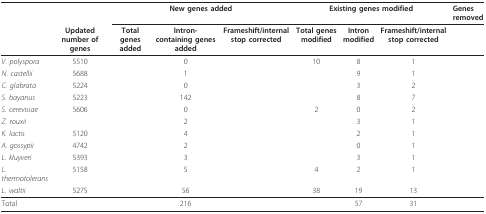
<table><thead><tr><td colspan="2">[EMPTY_CELL]</td><td colspan="3"><b>New genes added</b></td><td colspan="3"><b>Existing genes modified</b></td><td><b>Genes removed</b></td></tr><tr><td>[EMPTY_CELL]</td><td><b>Updated number of genes</b></td><td><b>Total genes added</b></td><td><b>Intron- containing genes added</b></td><td><b>Frameshift/internal stop corrected</b></td><td><b>Total genes modified</b></td><td><b>Intron modified</b></td><td><b>Frameshift/internal stop corrected</b></td><td>[EMPTY_CELL]</td></tr></thead><tbody><tr><td><i>V. polyspora</i></td><td>5510</td><td>[EMPTY_CELL]</td><td>0</td><td>[EMPTY_CELL]</td><td>10</td><td>8</td><td>1</td><td>[EMPTY_CELL]</td></tr><tr><td><i>N. castellii</i></td><td>5688</td><td>[EMPTY_CELL]</td><td>1</td><td>[EMPTY_CELL]</td><td>[EMPTY_CELL]</td><td>9</td><td>1</td><td>[EMPTY_CELL]</td></tr><tr><td><i>C. glabrata</i></td><td>5224</td><td>[EMPTY_CELL]</td><td>0</td><td>[EMPTY_CELL]</td><td>[EMPTY_CELL]</td><td>3</td><td>2</td><td>[EMPTY_CELL]</td></tr><tr><td><i>S. bayanus</i></td><td>5223</td><td>[EMPTY_CELL]</td><td>142</td><td>[EMPTY_CELL]</td><td>[EMPTY_CELL]</td><td>8</td><td>7</td><td>[EMPTY_CELL]</td></tr><tr><td><i>S. cerevisiae</i></td><td>5606</td><td>[EMPTY_CELL]</td><td>0</td><td>[EMPTY_CELL]</td><td>2</td><td>0</td><td>2</td><td>[EMPTY_CELL]</td></tr><tr><td><i>Z. rouxii</i></td><td>[EMPTY_CELL]</td><td>[EMPTY_CELL]</td><td>2</td><td>[EMPTY_CELL]</td><td>[EMPTY_CELL]</td><td>3</td><td>1</td><td>[EMPTY_CELL]</td></tr><tr><td><i>K. lactis</i></td><td>5120</td><td>[EMPTY_CELL]</td><td>4</td><td>[EMPTY_CELL]</td><td>[EMPTY_CELL]</td><td>2</td><td>1</td><td>[EMPTY_CELL]</td></tr><tr><td><i>A. gossypii</i></td><td>4742</td><td>[EMPTY_CELL]</td><td>2</td><td>[EMPTY_CELL]</td><td>[EMPTY_CELL]</td><td>0</td><td>1</td><td>[EMPTY_CELL]</td></tr><tr><td><i>L. kluyveri</i></td><td>5393</td><td>[EMPTY_CELL]</td><td>3</td><td>[EMPTY_CELL]</td><td>[EMPTY_CELL]</td><td>3</td><td>1</td><td>[EMPTY_CELL]</td></tr><tr><td><i>L. thermotolerans</i></td><td>5158</td><td>[EMPTY_CELL]</td><td>5</td><td>[EMPTY_CELL]</td><td>4</td><td>2</td><td>1</td><td>[EMPTY_CELL]</td></tr><tr><td><i>L. waltii</i></td><td>5275</td><td>[EMPTY_CELL]</td><td>56</td><td>[EMPTY_CELL]</td><td>38</td><td>19</td><td>13</td><td>[EMPTY_CELL]</td></tr><tr><td>Total</td><td>[EMPTY_CELL]</td><td>[EMPTY_CELL]</td><td>216</td><td>[EMPTY_CELL]</td><td>[EMPTY_CELL]</td><td>57</td><td>31</td><td>[EMPTY_CELL]</td></tr></tbody></table>